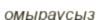
омыраусыз